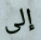
إلى